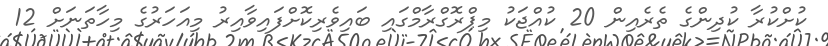
ކުށްކުރާ ކުދިންގެ ތެރެއިން 20 ކުއްޖަކު މިޕްރޮގްރާމްގައި ބައިވެރިކޮށްފައިވާއިރު މިއަހަރުގެ މިހާތަނަށް 12